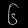
Digit: ၆